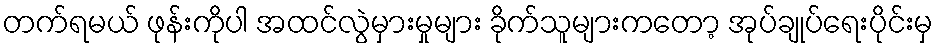
တက်ရမယ် ဖုန်းကိုပါ အထင်လွဲမှားမှုများ ခိုက်သူများကတော့ အုပ်ချုပ်ရေးပိုင်းမှ